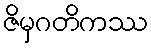
ဇိမှဂတိကဿ